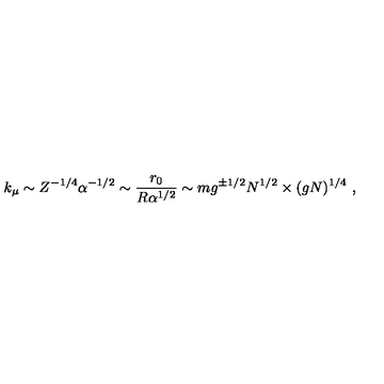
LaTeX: k _ { \mu } \sim Z ^ { - 1 / 4 } \alpha ^ { - 1 / 2 } \sim \frac { r _ { 0 } } { R \alpha ^ { 1 / 2 } } \sim m g ^ { \pm 1 / 2 } N ^ { 1 / 2 } \times ( g N ) ^ { 1 / 4 } \ ,